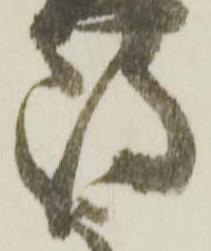
嶋